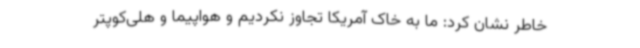
خاطر نشان کرد: ما به خاک آمریکا تجاوز نکردیم و هواپیما و هلی‌کوپتر